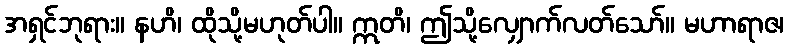
အရှင်ဘုရား။ နဟိ၊ ထိုသို့မဟုတ်ပါ။ ဣတိ၊ ဤသို့လျှောက်လတ်သော်။ မဟာရာဇ၊